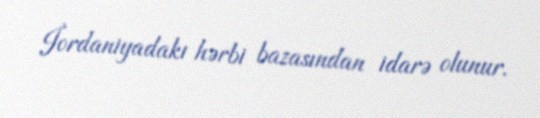
İordaniyadakı hərbi bazasından idarə olunur.